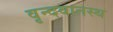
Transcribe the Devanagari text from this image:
वृन्दवानस्थ